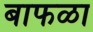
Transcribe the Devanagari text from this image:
बाफळा